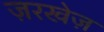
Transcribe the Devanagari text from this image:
ज़रखेज़